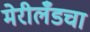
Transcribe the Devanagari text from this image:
मेरीलँडचा